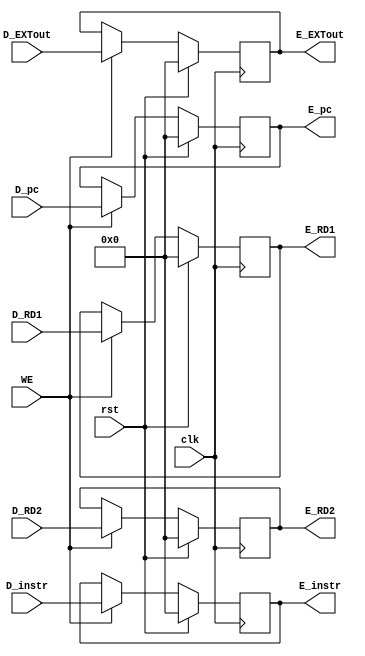
module E_REG (
    input clk,
    input rst,
    input WE,
    input [31:0] D_instr,
    input [31:0] D_pc,
    input [31:0] D_EXTout,
    input [31:0] D_RD1,
    input [31:0] D_RD2,
    output reg [31:0] E_instr,
    output reg [31:0] E_pc,
    output reg [31:0] E_EXTout,
    output reg [31:0] E_RD1,
    output reg [31:0] E_RD2
    );

    always @(posedge clk) begin
        if(rst) begin
            E_instr <= 0;
            E_pc <= 0;
            E_EXTout <= 0;
            E_RD1 <= 0;
            E_RD2 <= 0;
        end else if(WE) begin
            E_instr <= D_instr;
            E_pc <= D_pc;
            E_EXTout <= D_EXTout;
            E_RD1 <= D_RD1;
            E_RD2 <= D_RD2;
        end
    end
    
endmodule